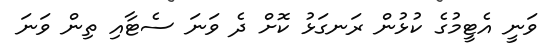
ވަނީ އެޓީމުގެ ކުޅުން ރަނގަޅު ކޮށް ދެ ވަނަ ސެޓާއި ތިން ވަނަ